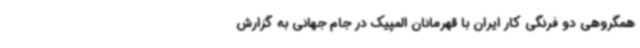
همگروهی دو فرنگی کار ایران با قهرمانان المپیک در جام جهانی به گزارش